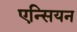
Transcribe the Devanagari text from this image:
एन्सियन